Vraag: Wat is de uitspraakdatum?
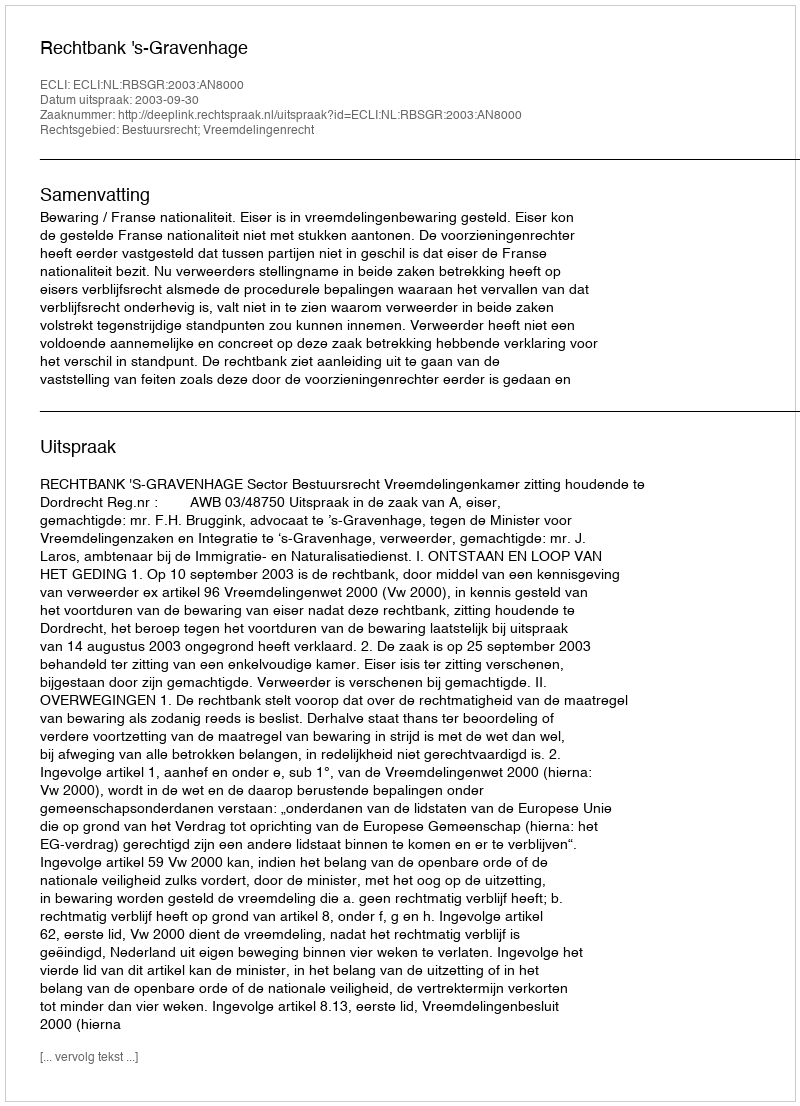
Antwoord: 2003-09-30